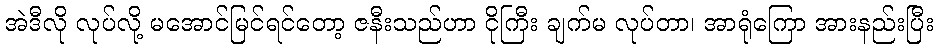
အဲဒီလို လုပ်လို့ မအောင်မြင်ရင်တော့ ဇနီးသည်ဟာ ငိုကြီး ချက်မ လုပ်တာ၊ အာရုံကြော အားနည်းပြီး